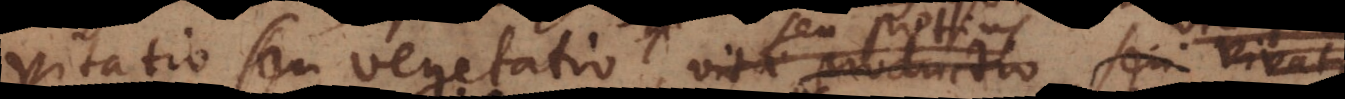
vitatio seu vegetatio, vitae productio, seu vivatio